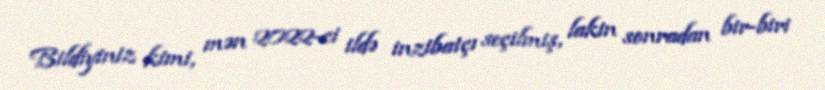
Bildiyiniz kimi, mən 2022-ci ildə inzibatçı seçilmiş, lakin sonradan bir-biri